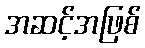
အဆင့်အဖြစ်